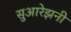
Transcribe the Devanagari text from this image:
सुआरेझनी